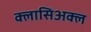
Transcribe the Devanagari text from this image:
क्लासिअक्ल